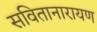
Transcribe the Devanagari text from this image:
सवितानारायण